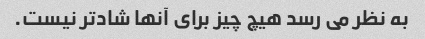
به نظر می رسد هیچ چیز برای آنها شادتر نیست.